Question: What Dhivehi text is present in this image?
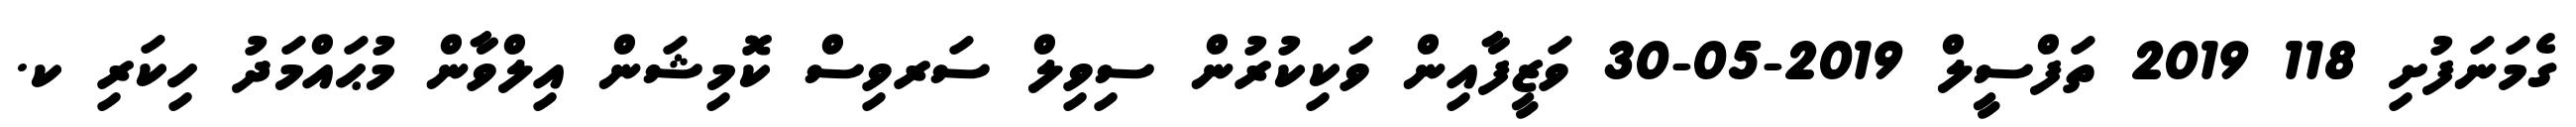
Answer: ގެމަނަފުށި 118 2019 ތަފްސީލް 2019-05-30 ވަޒީފާއިން ވަކިކުރުން ސިވިލް ސަރވިސް ކޮމިޝަން އިލްވާން މުޙައްމަދު ހިކަރި ކ.